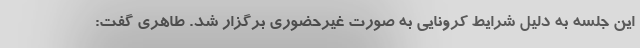
این جلسه به دلیل شرایط کرونایی به صورت غیرحضوری برگزار شد. طاهری گفت: